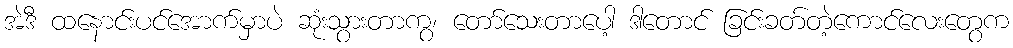
အဲဒီ ထနောင်းပင်အောက်မှာပဲ ဆုံးသွားတာကွ၊ တော်သေးတာပေါ့ ဒါတောင် ခြင်းခတ်တဲ့ကောင်လေးတွေက